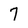
Character: 7